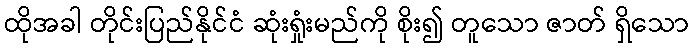
ထိုအခါ တိုင်းပြည်နိုင်ငံ ဆုံးရှုံးမည်ကို စိုး၍ တူသော ဇာတ် ရှိသော